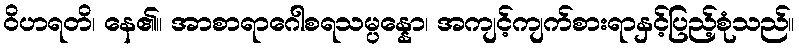
ဝိဟရတိ၊ နေ၏။ အာစာရာဂေါစရသမ္ပန္နော၊ အကျင့်ကျက်စားရာနှင့်ပြည့်စုံသည်။